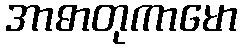
အာဓာတုကာမော